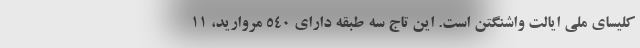
کلیسای ملی ایالت واشنگتن است. این تاج سه طبقه دارای ۵۴۰ مروارید، ۱۱